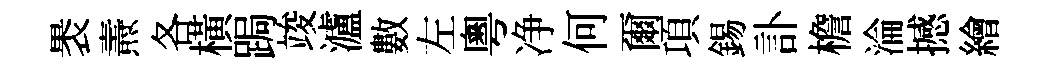
褁燾各橫跼竣瀘數左粵净何爾項錫訃檐淪撼繪